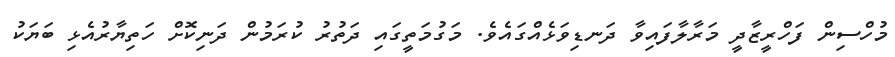
މުހްސިން ފަހްރީޒާދީ މަރާލާފައިވާ ދަނޑިވަޅެއްގައެވެ. މަގުމަތީގައި ދަތުރު ކުރަމުން ދަނިކޮށް ހަތިޔާރުއެޅި ބަޔަކު